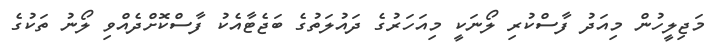
މަޖިލީހުން މިއަދު ފާސްކުރި ލޯނަކީ މިއަހަރުގެ ދައުލަތުގެ ބަޖެޓާއެކު ފާސްކޮށްދެއްވި ލޯނު ތަކުގެ